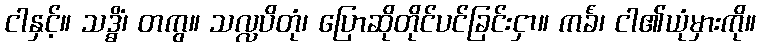
ငါနှင့်။ သဒ္ဓိံ၊ တကွ။ သလ္လပိတုံ၊ ပြောဆိုတိုင်ပင်ခြင်းငှာ။ ကင်္ခံ၊ ငါ၏ယုံမှားကို။